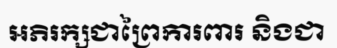
អភិរក្សជាព្រៃការពារ និងជា